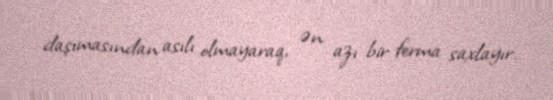
daşımasından asılı olmayaraq, ən azı bir ferma saxlayır.